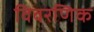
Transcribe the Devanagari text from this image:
विवरणिक